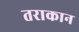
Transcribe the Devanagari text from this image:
तराकान